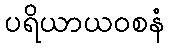
ပရိယာယဝစနံ